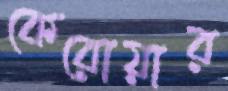
কেরোয়ার